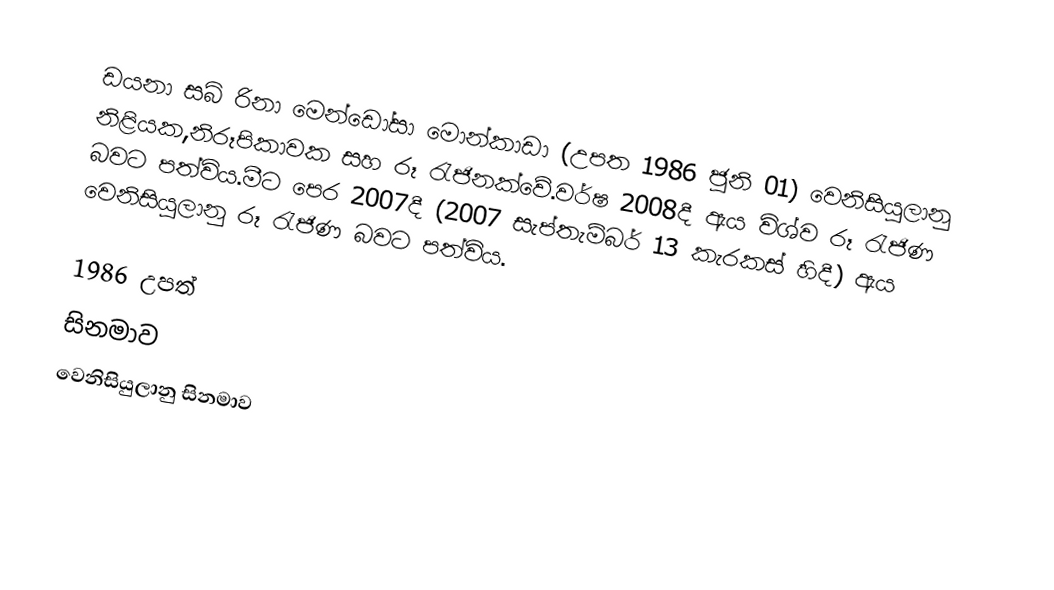
ඩයනා සබ් රිනා මෙන්ඩෝසා මොන්කාඩා (උපත 1986 ජූනි 01) වෙනිසියුලානු නිළියක,නිරූපිකාවක සහ රූ රැජිනක්වේ.වර්ෂ 2008දී ඇය විශ්ව රූ රැජිණ බවට පත්විය.මීට පෙර 2007දී (2007 සැප්තැම්බර් 13 කැරකස් හිදී) ඇය වෙනිසියුලානු රූ රැජිණ බවට පත්විය.

1986 උපත්
සිනමාව
වෙනිසියුලානු සිනමාව